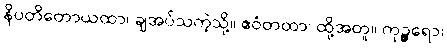
နိပတိတောယထာ၊ ချအပ်သကဲ့သို့။ ဧဝံတထာ၊ ထို့အတူ။ ကုဉ္ဇရော၊